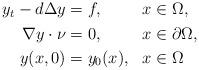
LaTeX: \begin{align*}\begin{aligned}y_t - d\Delta y &= f, && x\in \Omega,\\\nabla y\cdot \nu &= 0, && x\in \partial\Omega,\\y(x,0) &= y_0(x), && x\in\Omega\end{aligned}\end{align*}